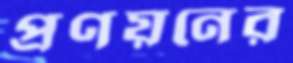
প্রণয়নের